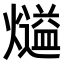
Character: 𤐹